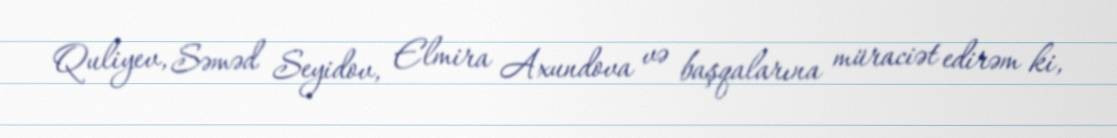
Quliyev, Səməd Seyidov, Elmira Axundova və başqalarına müraciət edirəm ki,